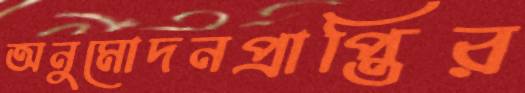
অনুমোদনপ্রাপ্তির